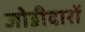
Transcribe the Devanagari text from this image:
जोडीदारों